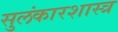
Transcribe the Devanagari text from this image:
सुलंकारशास्त्र